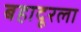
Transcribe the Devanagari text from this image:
बहादूरला